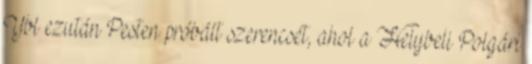
Ybl ezután Pesten próbált szerencsét, ahol a Helybeli Polgári